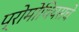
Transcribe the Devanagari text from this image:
प्रोमोथियसचे